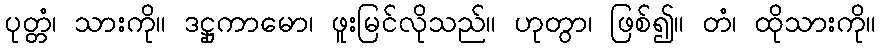
ပုတ္တံ၊ သားကို။ ဒဋ္ဌုကာမော၊ ဖူးမြင်လိုသည်။ ဟုတွာ၊ ဖြစ်၍။ တံ၊ ထိုသားကို။